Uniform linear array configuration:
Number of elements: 24
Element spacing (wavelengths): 0.75
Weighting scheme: hann
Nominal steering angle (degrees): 45
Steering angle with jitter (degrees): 43.944
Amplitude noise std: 0.05
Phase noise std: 0.05

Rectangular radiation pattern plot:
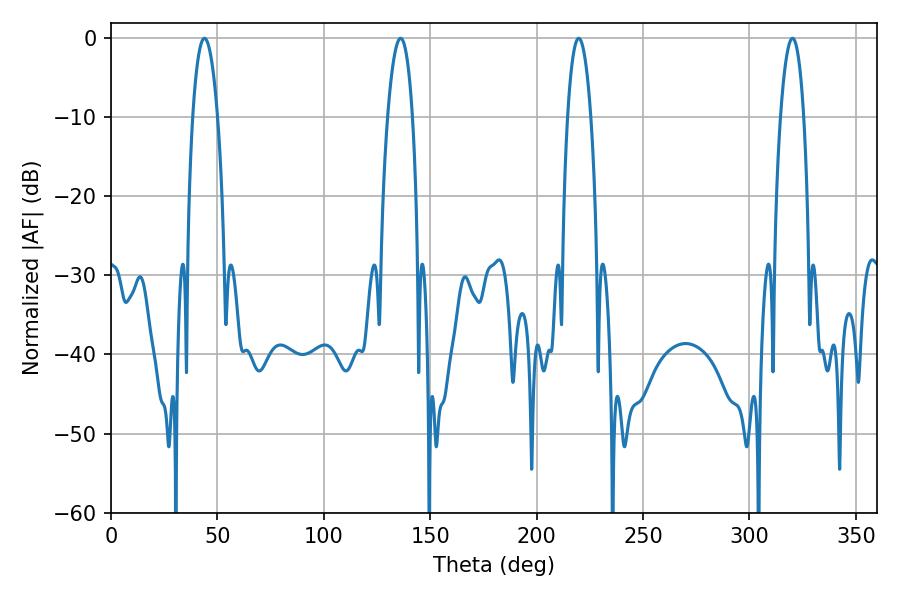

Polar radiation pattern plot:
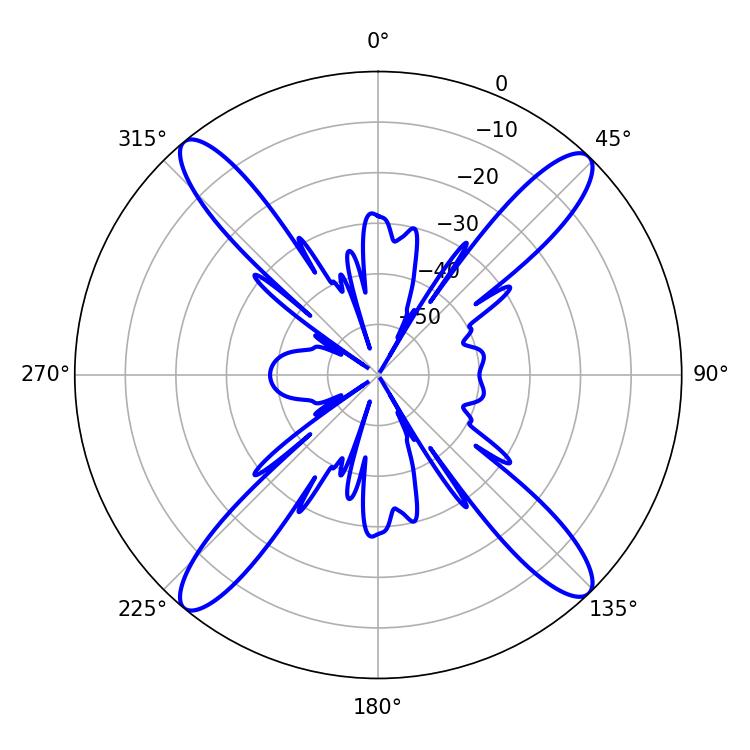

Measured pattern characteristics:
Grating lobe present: TRUE
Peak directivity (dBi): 19.337
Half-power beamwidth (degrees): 6.66
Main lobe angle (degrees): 43.92